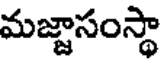
మజ్ఞాసంస్థా